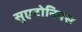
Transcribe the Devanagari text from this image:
सुएटोनियस